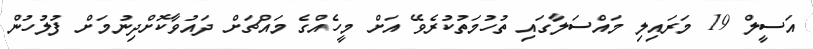
އަސީލް 19 މަރައިލި މައްސަލާގައި ތުހުމަތުކުރެވޭ އަށް މީހެއްގެ މައްޗަށް ދައުވާކޮށްދިނުމަށް ފުލުހުން